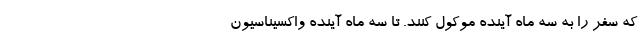
که سفر را به سه ماه آینده موکول کنند. تا سه ماه آینده واکسیناسیون